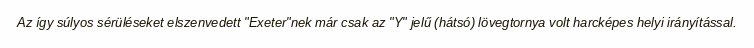
Az így súlyos sérüléseket elszenvedett "Exeter"nek már csak az "Y" jelű (hátsó) lövegtornya volt harcképes helyi irányítással.